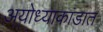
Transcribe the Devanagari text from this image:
अयोध्याकांडात